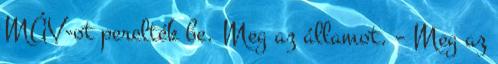
MÁV-ot perelték be. Meg az államot. – Meg az